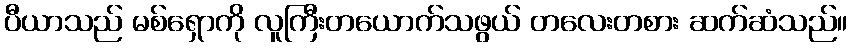
ပီယာသည် မစ်ရှောကို လူကြီးတယောက်သဖွယ် တလေးတစား ဆက်ဆံသည်။